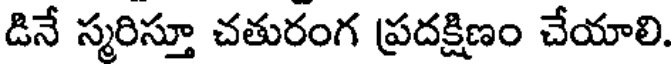
డినే స్మరిస్తూ చతురంగ ప్రదక్షిణం చేయాలి.